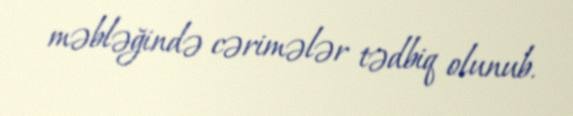
məbləğində cərimələr tədbiq olunub.